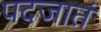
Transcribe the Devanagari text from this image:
पदजातं